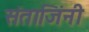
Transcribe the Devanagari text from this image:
संताजिंनी